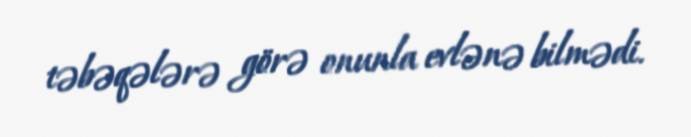
təbəqələrə görə onunla evlənə bilmədi.